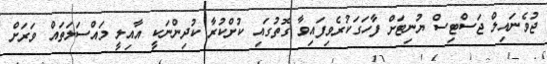
ޖުވެނައިލް ޖަސްޓިސް ޔުނިޓަށް ފާހަގަކުރެވިފައިވާ ގޮތުގައި ކުށްކުރާ ކުދިންނަކީ އާއިލީ މައްސަލަތައް ވަރަށް